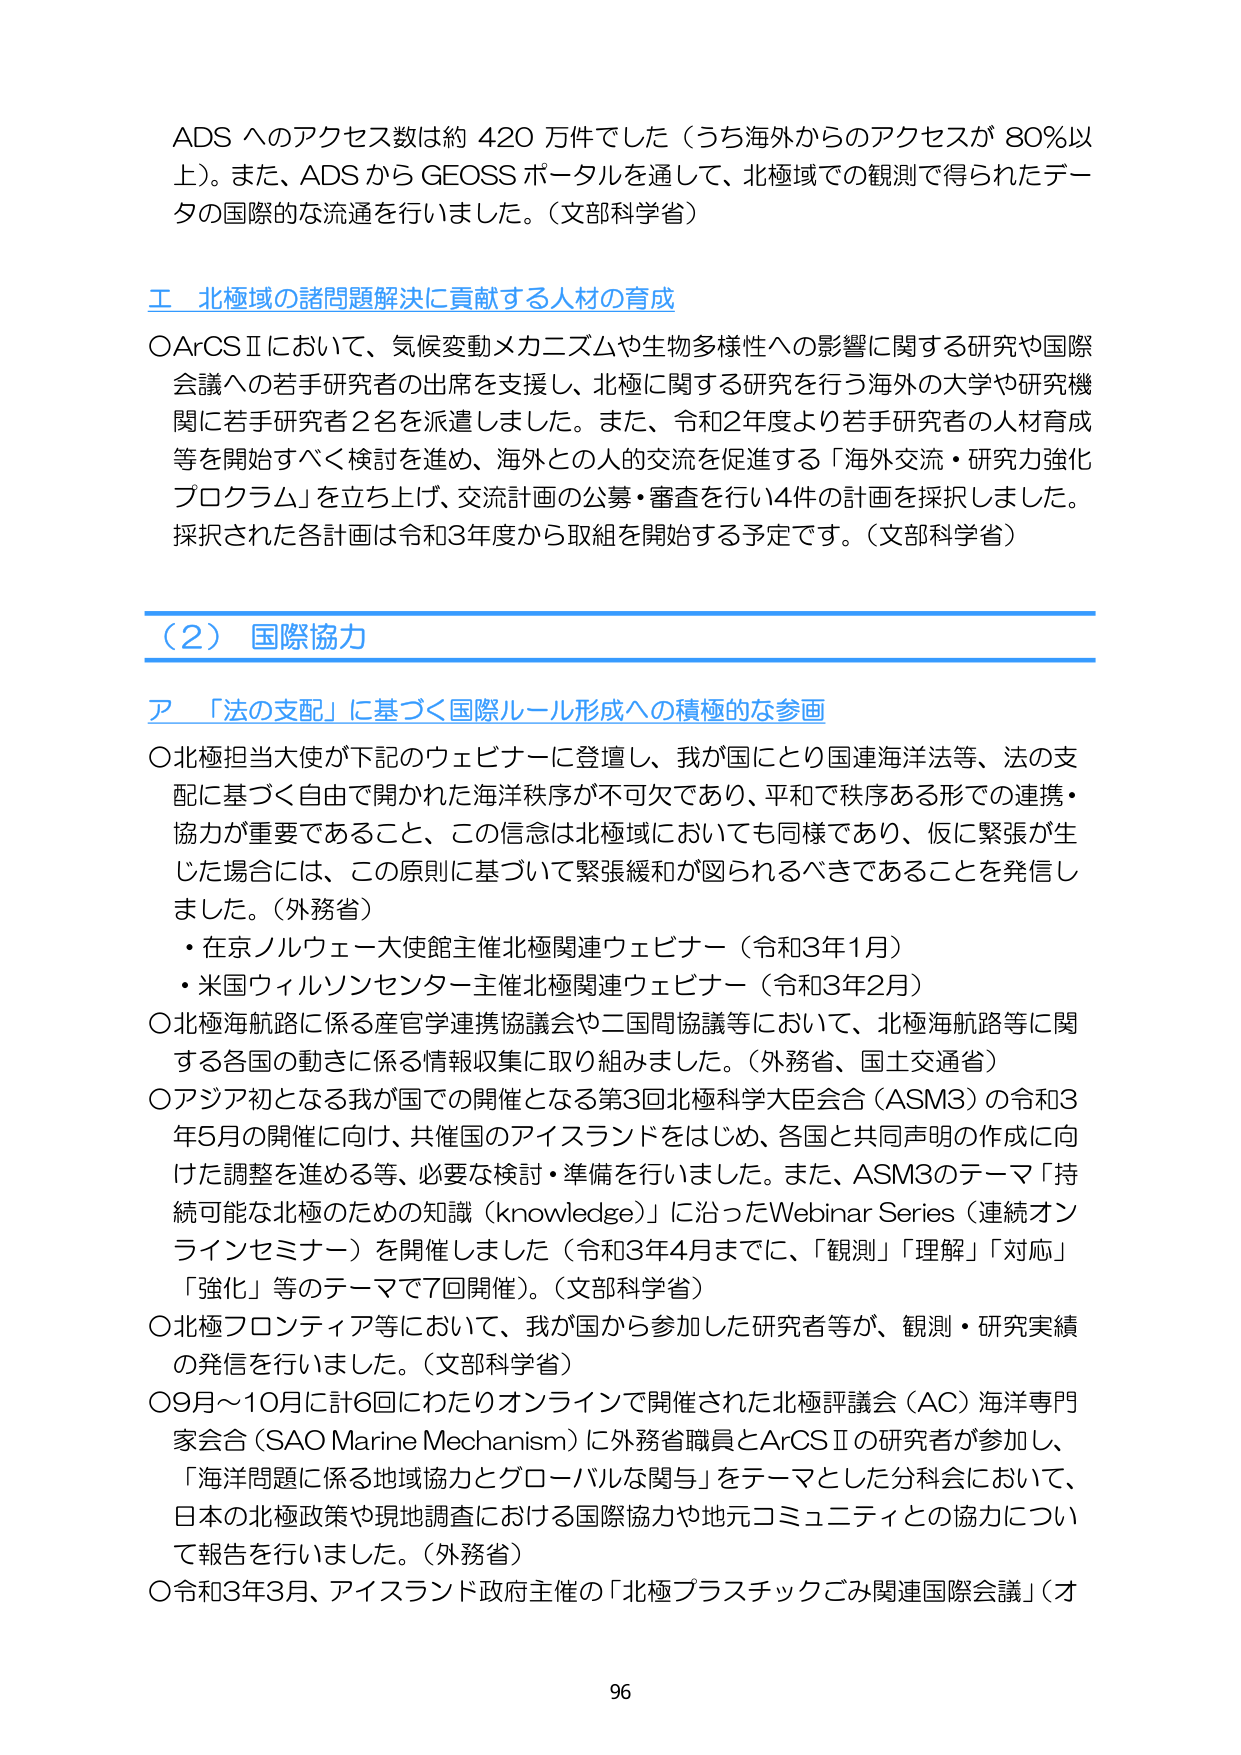
ADS へのアクセス数は約 420 万件でした（うち海外からのアクセスが 80％以上）。また、ADS から GEOSS ポータルを通じて、北極域での観測で得られたデータの国際的な流通を行いました。（文部科学省）

エ 北極域の諸問題解決に貢献する人材の育成

○ArCSⅡにおいて、気候変動メカニズムや生物多様性への影響に関する研究や国際会議への若手研究者の出席を支援し、北極に関する研究を行う海外の大学や研究機関に若手研究者2名を派遣しました。また、令和2年度より若手研究者の人材育成等を開始すべく検討を進め、海外との人的交流を促進する「海外交流・研究力強化プログラム」を立ち上げ、交流計画の公募・審査を行い4件の計画を採択しました。採択された各計画は令和3年度から取組を開始する予定です。（文部科学省）

（2） 国際協力

ア 「法の支配」に基づく国際ルール形成への積極的な参画

○北極担当大使が下記のウェビナーに登壇し、我が国にとり国連海洋法等、法の支配に基づく自由で開かれた海洋秩序が不可欠であり、平和で秩序ある形での連携・協力が重要であること、この信念は北極域においても同様であり、仮に緊張が生じた場合には、この原則に基づいて緊張緩和が図られるべきであることを発信しました。（外務省）
・在京ノルウェー大使館主催北極関連ウェビナー（令和3年1月）
・米国ウィルソンセンター主催北極関連ウェビナー（令和3年2月）
○北極海航路に係る産官学連携協議会や二国間協議等において、北極海航路等に関する各国の動きに係る情報収集に取り組みました。（外務省、国土交通省）
○アジア初となる我が国での開催となる第3回北極科学大臣会合（ASM3）の令和3年5月の開催に向け、共催国のアイスランドをはじめ、各国と共同声明の作成に向けた調整を進める等、必要な検討・準備を行いました。また、ASM3のテーマ「持続可能な北極のための知識（knowledge）」に沿ったWebinar Series（連続オンラインセミナー）を開催しました（令和3年4月までに、「観測」「理解」「対応」「強化」等のテーマで7回開催）。（文部科学省）
○北極フロンティア等において、我が国から参加した研究者等が、観測・研究実績の発信を行いました。（文部科学省）
○9月～10月に計6回にわたりオンラインで開催された北極評議会（AC）海洋専門家会合（SAO Marine Mechanism）に外務省職員とArCSⅡの研究者が参加し、「海洋問題に係る地域協力とグローバルな関与」をテーマとした分科会において、日本の北極政策や現地調査における国際協力や地元コミュニティとの協力について報告を行いました。（外務省）
○令和3年3月、アイスランド政府主催の「北極プラスチックごみ関連国際会議」（オ

96